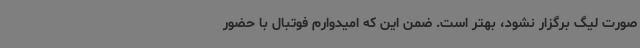
صورت لیگ برگزار نشود، بهتر است. ضمن این که امیدوارم فوتبال با حضور